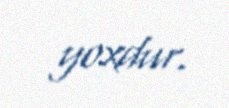
yoxdur.